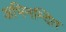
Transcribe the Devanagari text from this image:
अभिनन्दित